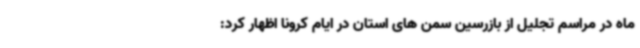
ماه در مراسم تجلیل از بازرسین سمن های استان در ایام کرونا اظهار کرد: